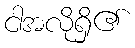
ငါအလိုရှိ၏